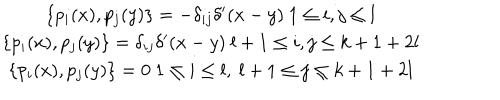
\begin{array} { c } { { \{ p _ { i } ( x ) , p _ { j } ( y ) \} = - \delta _ { i j } \delta ^ { \prime } ( x - y ) \ 1 \leq i , j \leq l } } \\ { { \{ p _ { i } ( x ) , p _ { j } ( y ) \} = \delta _ { i j } \delta ^ { \prime } ( x - y ) \ l + 1 \leq i , j \leq k + 1 + 2 l } } \\ { { \{ p _ { i } ( x ) , p _ { j } ( y ) \} = 0 \ 1 \leq i \leq l , \ l + 1 \leq j \leq k + 1 + 2 l } } \\ \end{array}